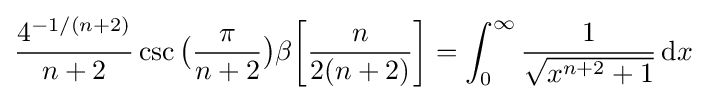
{\frac {4^{-1/(n+2)}}{n+2}}\csc {\bigl (}{\frac {\pi }{n+2}}{\bigr )}\beta {\biggl [}{\frac {n}{2(n+2)}}{\biggr ]}=\int _{0}^{\infty }{\frac {1}{\sqrt {x^{n+2}+1}}}\,\mathrm {d} x